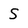
Character: s